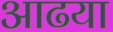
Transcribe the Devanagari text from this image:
आढया